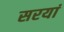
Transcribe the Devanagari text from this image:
सरयां